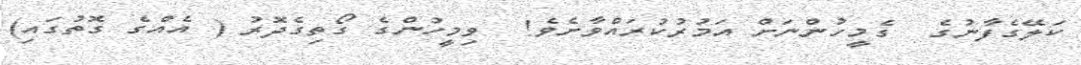
ކަލޭގެފާނުގެ  ގެމީހުންނަށް އަމުރުކުރައްވާށެވެ!  ވިމީހުންގެ ގޯތިގެދޮރު ( އެއްގެ ގޮތުގައި)